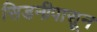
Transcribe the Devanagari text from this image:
सिडनीपासून